Madras plague regulations and rules - Volume 1
Disease focus: Plague
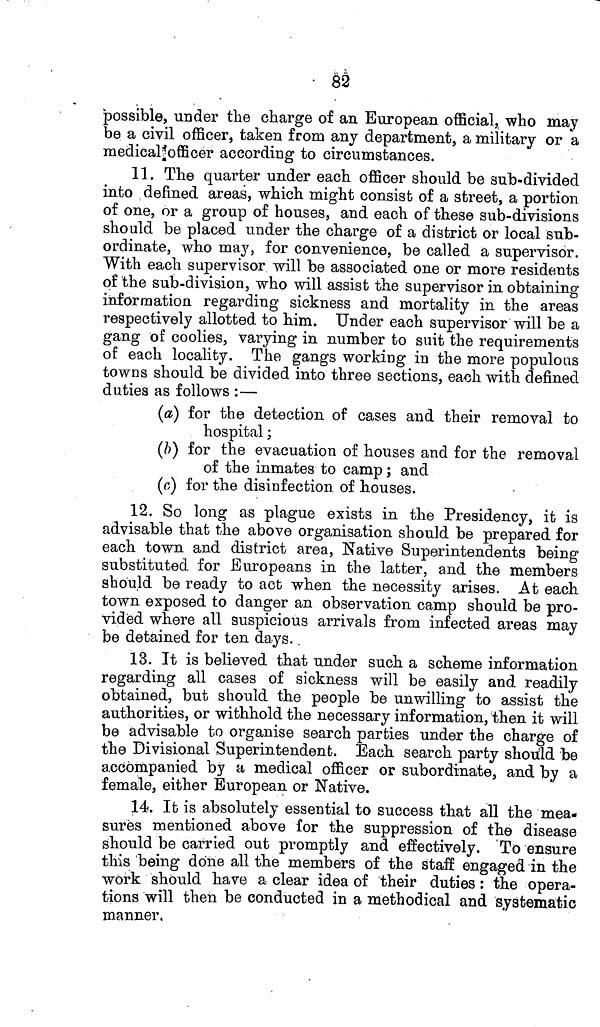
82
possible, under the charge of an European official, who may
be a civil officer, taken from any department, a military or a
medical officer according to circumstances.
11. The quarter under each officer should be sub-divided
into defined areas, which might consist of a street, a portion
of one, or a group of houses, and each of these sub-divisions
should be placed under the charge of a district or local sub-
ordinate, who may, for convenience, be called a supervisor.
With each supervisor will be associated one or more residents
of the sub-division, who will assist the supervisor in obtaining
information regarding sickness and mortality in the areas
respectively allotted to him. Under each supervisor will be a
gang of coolies, varying in number to suit the requirements
of each locality. The gangs working in the more populous
towns should be divided into three sections, each with defined
duties as follows :—
(a) for the detection of cases and their removal to
hospital;
(b) for the evacuation of houses and for the removal
of the inmates to camp; and
(c) for the disinfection of houses.
12. So long as plague exists in the Presidency, it is
advisable that the above organisation should be prepared for
each town and district area, Native Superintendents being
substituted for Europeans in the latter, and the members
should be ready to act when the necessity arises. At each
town exposed to danger an observation camp should be pro-
vided where all suspicious arrivals from infected areas may
be detained for ten days.
13. It is believed that under such a scheme information
regarding all cases of sickness will be easily and readily
obtained, but should the people be unwilling to assist the
authorities, or withhold the necessary information, then it will
be advisable to organise search parties under the charge of
the Divisional Superintendent. Each search party should be
accompanied by a medical officer or subordinate, and by a
female, either European or Native.
14. It is absolutely essential to success that all the mea-
sures mentioned above for the suppression of the disease
should be carried out promptly and effectively. To ensure
this being done all the members of the staff engaged in the
work should have a clear idea of their duties : the opera-
tions will then be conducted in a methodical and systematic
manner,